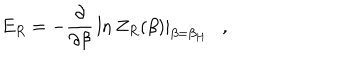
LaTeX: E _ { R } = - { \frac { \partial } { \partial \beta } } \ln Z _ { R } ( \beta ) | _ { \beta = \beta _ { H } } ,